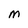
Character: M